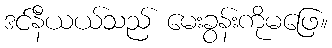
ဒင်နီယယ်သည် မေးခွန်းကိုမဖြေ။